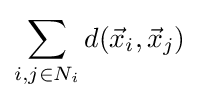
\sum _{i,j\in N_{i}}d({\vec {x}}_{i},{\vec {x}}_{j})